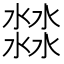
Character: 㵘